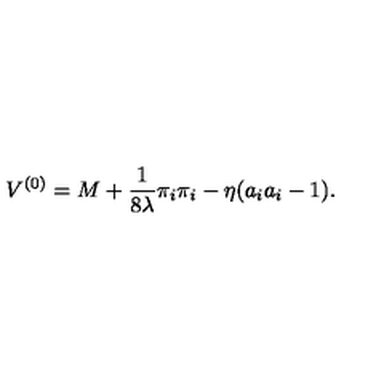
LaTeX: V ^ { ( 0 ) } = M + \frac { 1 } { 8 \lambda } \pi _ { i } \pi _ { i } - \eta ( a _ { i } a _ { i } - 1 ) .